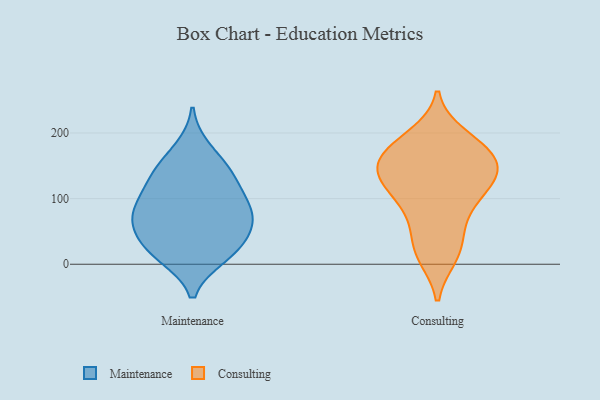
{"axis": {"x": "Customer Acquisition Cost (USD)", "y": "Value"}, "legend": ["Consulting", "Maintenance"], "data": [{"x": "", "y": 142, "type": "Maintenance"}, {"x": "", "y": 16, "type": "Maintenance"}, {"x": "", "y": 70, "type": "Maintenance"}, {"x": "", "y": 176, "type": "Maintenance"}, {"x": "", "y": 18, "type": "Maintenance"}, {"x": "", "y": 67, "type": "Maintenance"}, {"x": "", "y": 104, "type": "Maintenance"}, {"x": "", "y": 12, "type": "Maintenance"}, {"x": "", "y": 142, "type": "Maintenance"}, {"x": "", "y": 49, "type": "Maintenance"}, {"x": "", "y": 83, "type": "Maintenance"}, {"x": "", "y": 73, "type": "Maintenance"}, {"x": "", "y": 133, "type": "Maintenance"}, {"x": "", "y": 100, "type": "Maintenance"}, {"x": "", "y": 39, "type": "Maintenance"}, {"x": "", "y": 157, "type": "Consulting"}, {"x": "", "y": 196, "type": "Consulting"}, {"x": "", "y": 13, "type": "Consulting"}, {"x": "", "y": 141, "type": "Consulting"}, {"x": "", "y": 27, "type": "Consulting"}, {"x": "", "y": 186, "type": "Consulting"}, {"x": "", "y": 143, "type": "Consulting"}, {"x": "", "y": 109, "type": "Consulting"}, {"x": "", "y": 160, "type": "Consulting"}, {"x": "", "y": 141, "type": "Consulting"}, {"x": "", "y": 172, "type": "Consulting"}, {"x": "", "y": 157, "type": "Consulting"}, {"x": "", "y": 12, "type": "Consulting"}, {"x": "", "y": 84, "type": "Consulting"}, {"x": "", "y": 76, "type": "Consulting"}, {"x": "", "y": 130, "type": "Consulting"}, {"x": "", "y": 186, "type": "Consulting"}, {"x": "", "y": 49, "type": "Consulting"}, {"x": "", "y": 115, "type": "Consulting"}, {"x": "", "y": 113, "type": "Consulting"}]}